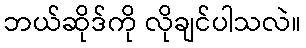
ဘယ်ဆိုဒ်ကို လိုချင်ပါသလဲ။